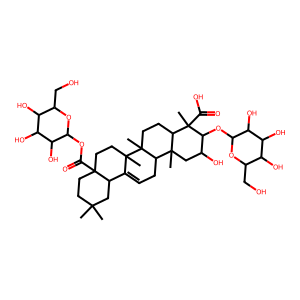
SMILES: CC1(C)CCC2(C(=O)OC3OC(CO)C(O)C(O)C3O)CCC3(C)C(=CCC4C5(C)CC(O)C(OC6OC(CO)C(O)C(O)C6O)C(C)(C(=O)O)C5CCC43C)C2C1
Inhibits HIV replication: No